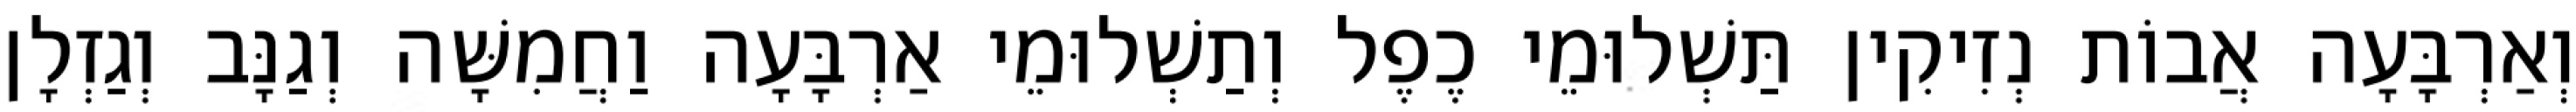
וְאַרְבָּעָה אֲבוֹת נְזִיקִין תַּשְׁלוּמֵי כֶפֶל וְתַשְׁלוּמֵי אַרְבָּעָה וַחֲמִשָּׁה וְגַנָּב וְגַזְלָן